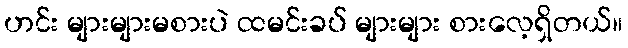
ဟင်း များများမစားပဲ ထမင်းခပ် များများ စားလေ့ရှိတယ်။